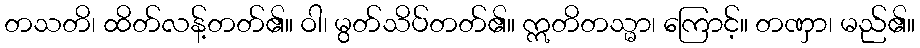
တသတိ၊ ထိတ်လန့်တတ်၏။ ဝါ၊ မွတ်သိပ်တတ်၏။ ဣတိတသ္မာ၊ ကြောင့်။ တဏှာ၊ မည်၏။